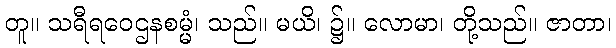
တူ။ သရီရဝေဌနစမ္မံ၊ သည်။ မယိ၊ ၌။ လောမာ၊ တို့သည်။ ဇာတာ၊